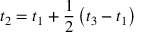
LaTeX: t _ { 2 } = t _ { 1 } + { \frac { 1 } { 2 } } \left( t _ { 3 } - t _ { 1 } \right)